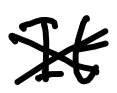
Text: It
Cross-out: cross
Writing tool: digital_black